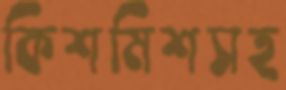
কিশমিশসহ